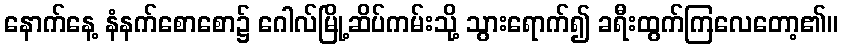
နောက်နေ့ နံနက်စောစော၌ ဂေါလ်မြို့ဆိပ်ကမ်းသို့ သွားရောက်၍ ခရီးထွက်ကြလေတော့၏။